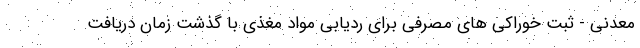
معدنی - ثبت خوراکی های مصرفی برای ردیابی مواد مغذی با گذشت زمان دریافت